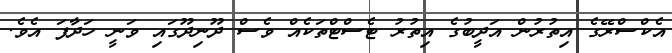
އެކްސްރޭގެ އިތުރުން އަދީބުގެ އިތުރު ޓެސްޓްތަކެއް ވެސް ދޫނިދޫގައި ވަނީ ހަދާފަ އެވެ.